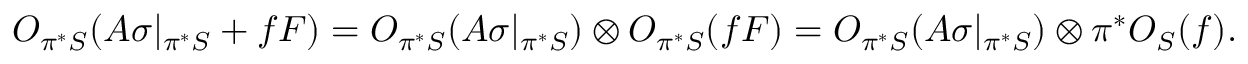
{ \cal O } _ { \pi ^ { * } { \cal S } } ( A \sigma | _ { \pi ^ { * } { \cal S } } + f F ) = { \cal O } _ { \pi ^ { * } { \cal S } } ( A \sigma | _ { \pi ^ { * } { \cal S } } ) \otimes { \cal O } _ { \pi ^ { * } { \cal S } } ( f F ) = { \cal O } _ { \pi ^ { * } { \cal S } } ( A \sigma | _ { \pi ^ { * } { \cal S } } ) \otimes \pi ^ { * } { \cal O } _ { { \cal S } } ( f ) .